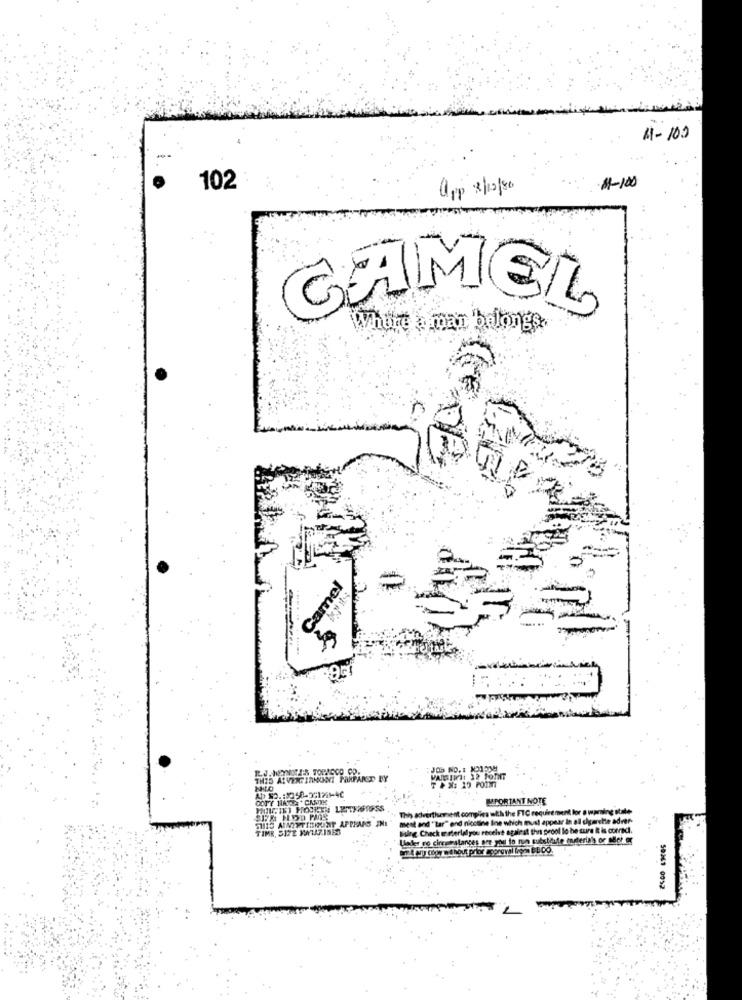
41-100
--
-11-100
102
app 8/12/80
CAMEL
Where & max belongs
Camel
THIS ALVING INMONT FARFARED BY
PORTANT NOTE
MILIKI POJKEN LEMTFAIGSS
This advertisement complies with the FTC requirement for a warning stale-
state
THIS AINTETISHONT APPEARS IN !!
mest and " tar" end nicotine line which must appear in all cigarette adver-
Burg. Check material you receive against the prool lo he sure it is corradi.
Under no circonstances are you to run substitute materiais or oder or
50361 0012